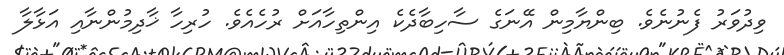
ވިދުވަރު ފެނުނެވެ. ބިންޔާމިން އޭނަގެ ސާހިބާދެކެ އިންތިހާއަށް ރުހެއެވެ. ހުރިހާ ޚާދިމުންނާއި އަޅާލާ